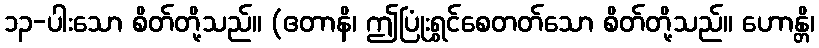
၁၃-ပါးသော စိတ်တို့သည်။ (ဧတာနိ၊ ဤပြုံးရွှင်စေတတ်သော စိတ်တို့သည်။ ဟောန္တိ၊